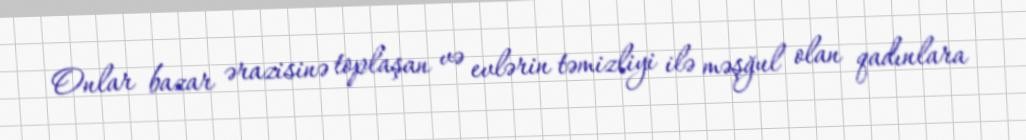
Onlar bazar ərazisinə toplaşan və evlərin təmizliyi ilə məşğul olan qadınlara